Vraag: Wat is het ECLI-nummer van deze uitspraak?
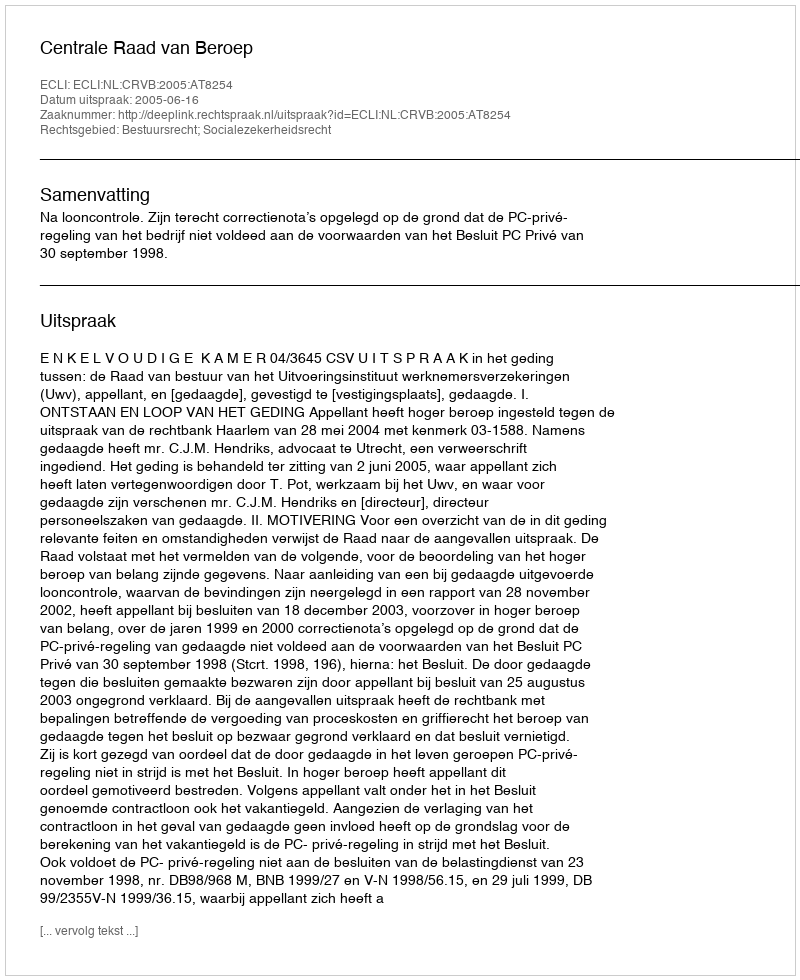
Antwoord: ECLI:NL:CRVB:2005:AT8254